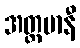
အတ္တမာနီ